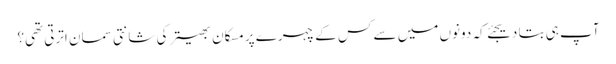
آپ ہی بتا دیجئے کہ دونوں میں سے کس کے چہرے پر مسکان بھیتر کی شانتی سمان اترتی تھی؟